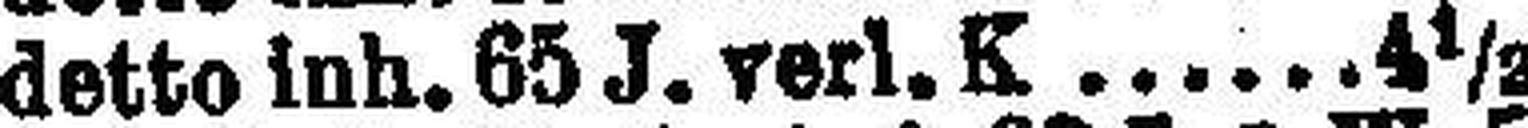
detto inh. 65 J. verl. K. 4½